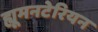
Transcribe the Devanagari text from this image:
ह्यूमनटेरियन